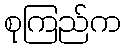
စုကြည်က